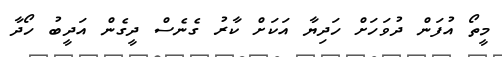
މީތޯ އުފަން ދުވަހަށް ހަދިޔާ އަކަށް ކާރު ގެނެސް ދީގެން އަދީބު ހޯދާ